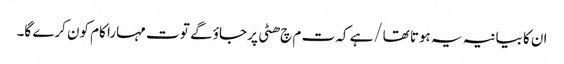
ا ن کا بیانیہ یہ ہوتا تھا/ہے کہ ت م چ ھٹی پر جاؤ گے تو ت مہارا کام کون کرے گا۔